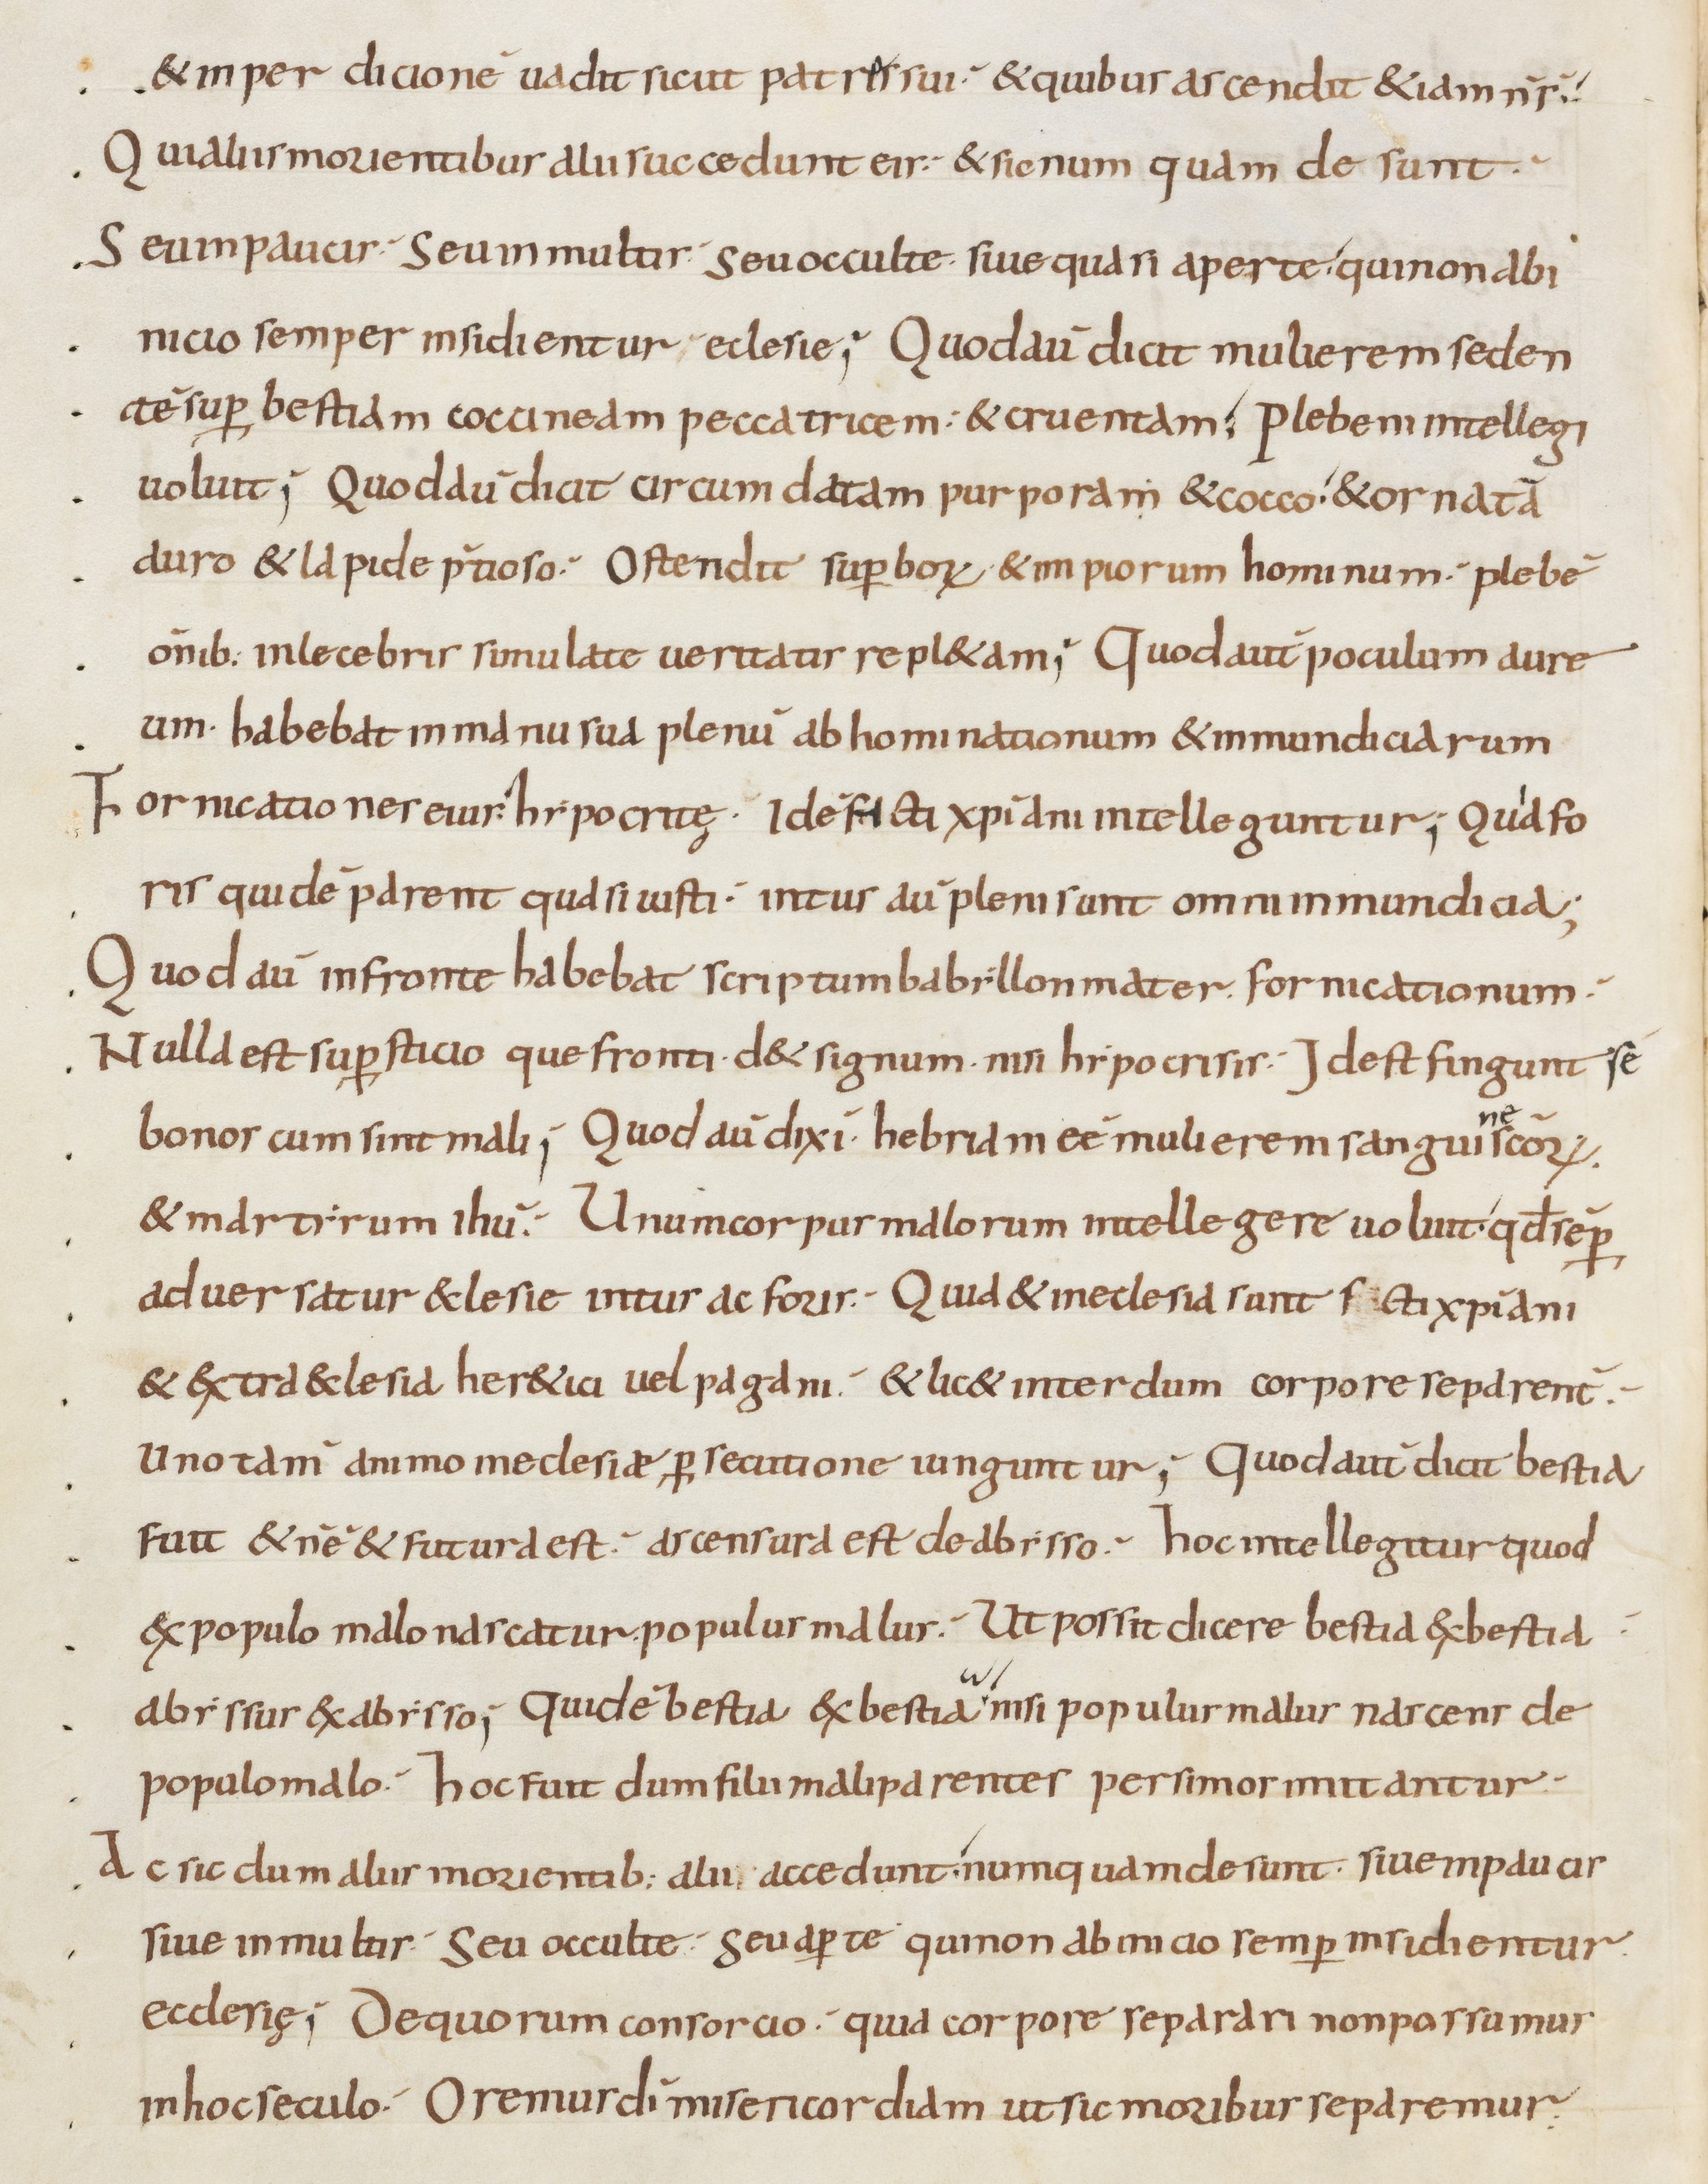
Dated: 800–899